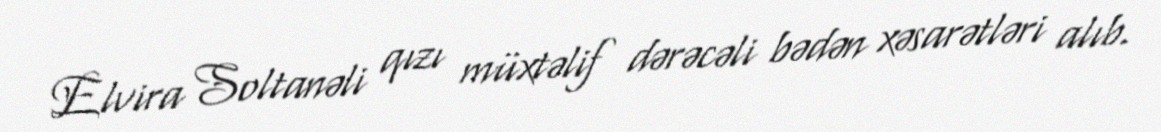
Elvira Soltanəli qızı müxtəlif dərəcəli bədən xəsarətləri alıb.